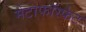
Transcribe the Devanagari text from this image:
मेटाफॉस्फेट